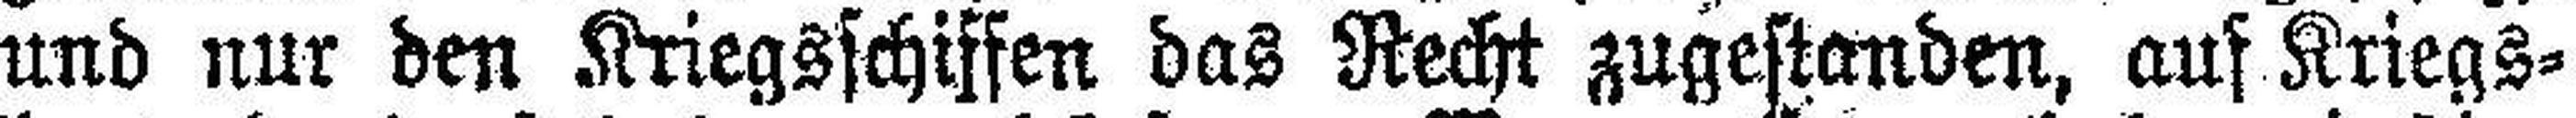
und nur den .Kriegsschiffen das Recht zugestanden, auf Kriegs¬